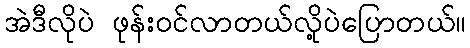
အဲဒီလိုပဲ ဖုန်းဝင်လာတယ်လို့ပဲပြောတယ်။